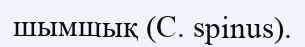
шымшық (C. spinus).